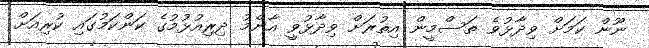
ނޫން ކަމަށް ވިދާޅުވެ ތަސްމީން އިތުރަށް ވިދާޅުވީ އާންމު ދިރިއުޅުމުގެ ކަންކަމުގައި ކުރިއަށް